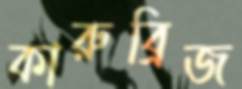
কারুব্রিজ